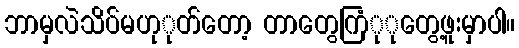
ဘာမှလဲသိပ်မဟုုတ်တော့ တာတွေကြံုုတွေ့ဖူးမှာပါ။